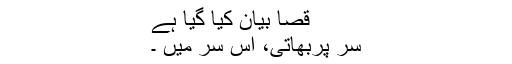
قصا بیان کیا گیا ہے
سر پربھاتی، اس سر میں ۔